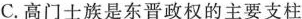
C.高门士族是东晋政权的主要支柱